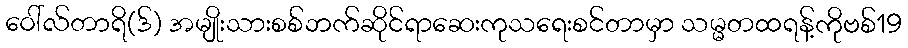
ဝေါ်လ်တာရိ(ဒ်) အမျိုးသားစစ်ဘက်ဆိုင်ရာဆေးကုသရေးစင်တာမှာ သမ္မတထရန့်ကိုဗစ်19